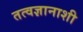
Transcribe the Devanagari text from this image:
तत्वज्ञानाशी